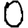
Digit: 0